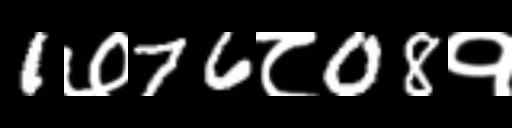
Text: 1७76८08१